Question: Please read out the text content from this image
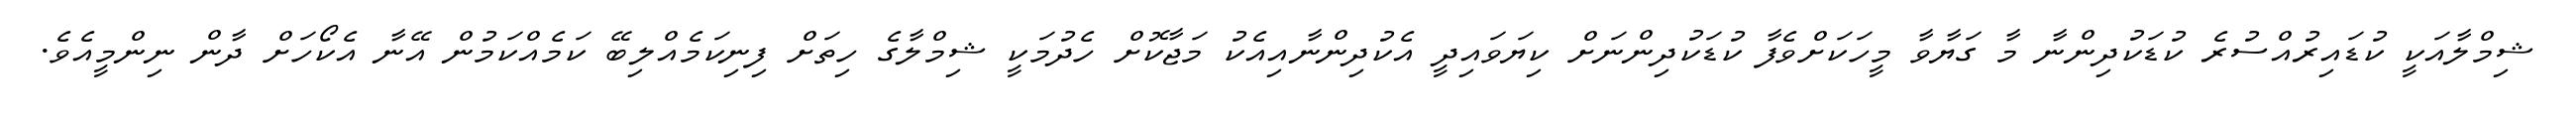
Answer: ޝިމްލާއަކީ ކުޑައިރުއްސުރެ ކުޑަކުދިންނާ މާ ގަޔާވާ މީހަކަށްވެފާ ކުޑަކުދިންނަށް ކިޔަވައިދީ އެކުދިންނާއިއެކު މަޖާކޮށް ހެދުމަކީ ޝިމްލާގެ ހިތަށް ފިނިކަމެއްލިބޭ ކަމެއްކަމުން އޭނާ އެކޯހަށް ދާން ނިންމީއެވެ.